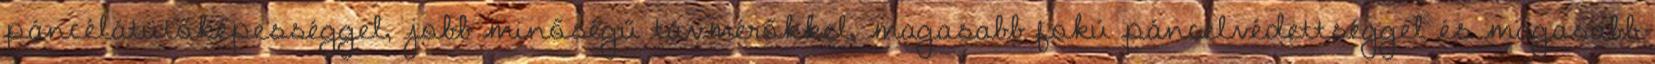
páncélátütőképességgel, jobb minőségű távmérőkkel, magasabb fokú páncélvédettséggel és magasabb